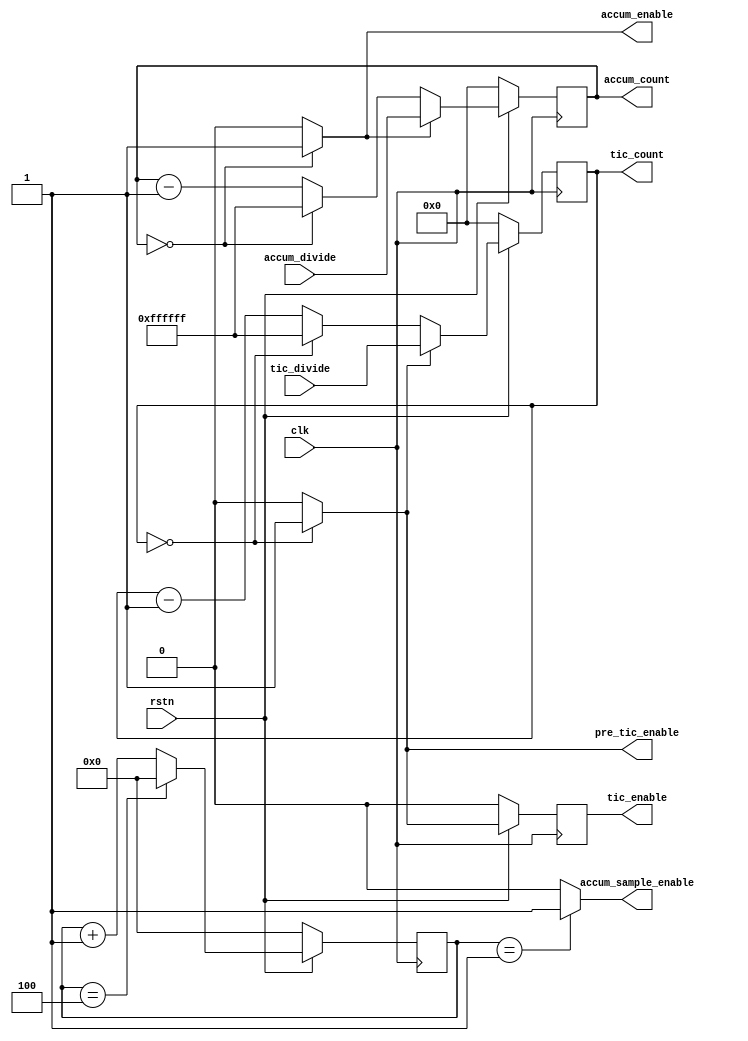
//                              -*- Mode: Verilog -*-
// Description     : Generates the TIC (tic_enable), preTIC (pre_tic_enable)
//                    ACCUM_INT (accum_enable) and accum_sample_enable.

//                  The accumulator sample rate is set at 40/7 MHz in this design.
//                  The accum_sample_enable pulse is derived from the sample clock
//                  driver for the 2015, but is on a different enable phase.

/*
	Copyright (C) 2007  Peter Mumford

    This library is free software; you can redistribute it and/or
    modify it under the terms of the GNU Lesser General Public
    License as published by the Free Software Foundation; either
    version 2.1 of the License, or (at your option) any later version.

    This library is distributed in the hope that it will be useful,
    but WITHOUT ANY WARRANTY; without even the implied warranty of
    MERCHANTABILITY or FITNESS FOR A PARTICULAR PURPOSE.  See the GNU
    Lesser General Public License for more details.

    You should have received a copy of the GNU Lesser General Public
    License along with this library; if not, write to the Free Software
    Foundation, Inc., 51 Franklin Street, Fifth Floor, Boston, MA  02110-1301  USA
*/

module time_base (clk, rstn, tic_divide, accum_divide, pre_tic_enable, tic_enable, accum_enable, accum_sample_enable, tic_count, accum_count);
   

   input clk, rstn;
   input [23:0] tic_divide;
   input [23:0] accum_divide;
   output pre_tic_enable; // to code_nco's
   output tic_enable; // to code_gen's
   output accum_enable; // accumulation interrupt
   output accum_sample_enable; // accumulators sampling enable (40/7MHz)
   output [23:0] tic_count; // the value of the TIC counter
   output [23:0] accum_count; // the value of the accum counter
   
   reg [3:0] sc_q; // ouput of divide by 3 counter
   reg [23:0] tic_q;
   reg [23:0] accum_q;
   reg tic_shift; // used to delay TIC 1 clock cycles
//   reg toggle; // used to create accum_sample_enable
   
   // accum_sample_enable pulse generation;
   always @ (posedge clk)
   begin
     if (!rstn) sc_q <= 0;
	 else
	   //if (sc_q == 2) sc_q <= 0;//[Art!] for verilator!
           if (sc_q == 4) sc_q <= 0;//[Art!] for verilator!
       else sc_q <= sc_q + 1;
   end
   
   assign    accum_sample_enable = (sc_q == 1)? 1:0; // accumulator sample pulse
   
  //--------------------------------------------------
  // generate the tic_enable
  // 
  // tic period = (tic_divide + 1) * Clk period
  // If clocked by GP2015 40HHz:
  // tic period = (tic_divide + 1) / 40MHz
  // For default tic period (0.1s) tic_divide = 0x3D08FF
  //----------------------------------------------------   
   always @ (posedge clk)
   begin
     if (!rstn) tic_q <= 0;
	 else
	   if (pre_tic_enable == 1'b1) tic_q <= tic_divide;
	   else if (tic_q == 0) tic_q <=  24'd16777215;
       else tic_q <= tic_q - 1;
   end
     
  // The preTIC comes first latching the code_nco,
  // followed by the TIC latching everything else.
  // This is due to the delay between the code_nco phase
  // and the prompt code.
   assign 	 pre_tic_enable = (tic_q == 0)? 1:0;

   assign    tic_count = tic_q;
   
   always @ (posedge clk)
   begin
   if (!rstn) // set up shift register
    begin
     tic_shift <= 0;
    end
   else // run
    begin
     tic_shift <= pre_tic_enable;
    end
   end // always @ (posedge clk)
   
   assign tic_enable = tic_shift;
  //---------------------------------------------------------
  // generate the accum_enable
  // 
  // The Accumulator interrupt signal and flag needs to have 
  // between 0.5 ms and about 1 ms period.
  // This is to ensure that accumulation data can be read
  // before it is written over by new data.
  // The accumulators are asynchronous to each other and have a
  // dump period of nominally 1ms.
  //
  // ACCUM_INT period = (accum_divide + 1) / 40MHz
  // For 0.5 ms accumulator interrupt
  // accum_divide = 40000000 * 0.0005 - 1
  // accum_divide = 0x4E1F	     
  //----------------------------------------------------------
  always @ (posedge clk)
  begin
    if (!rstn) accum_q <= 0;
	else
	  if (accum_enable == 1'b1) accum_q <= accum_divide;
	  else if (accum_q == 0) accum_q <=  24'd16777215;
      else accum_q <= accum_q - 1;
  end
   
   assign accum_enable = (accum_q == 0)? 1:0;  
   assign accum_count = accum_q;

endmodule // time_base